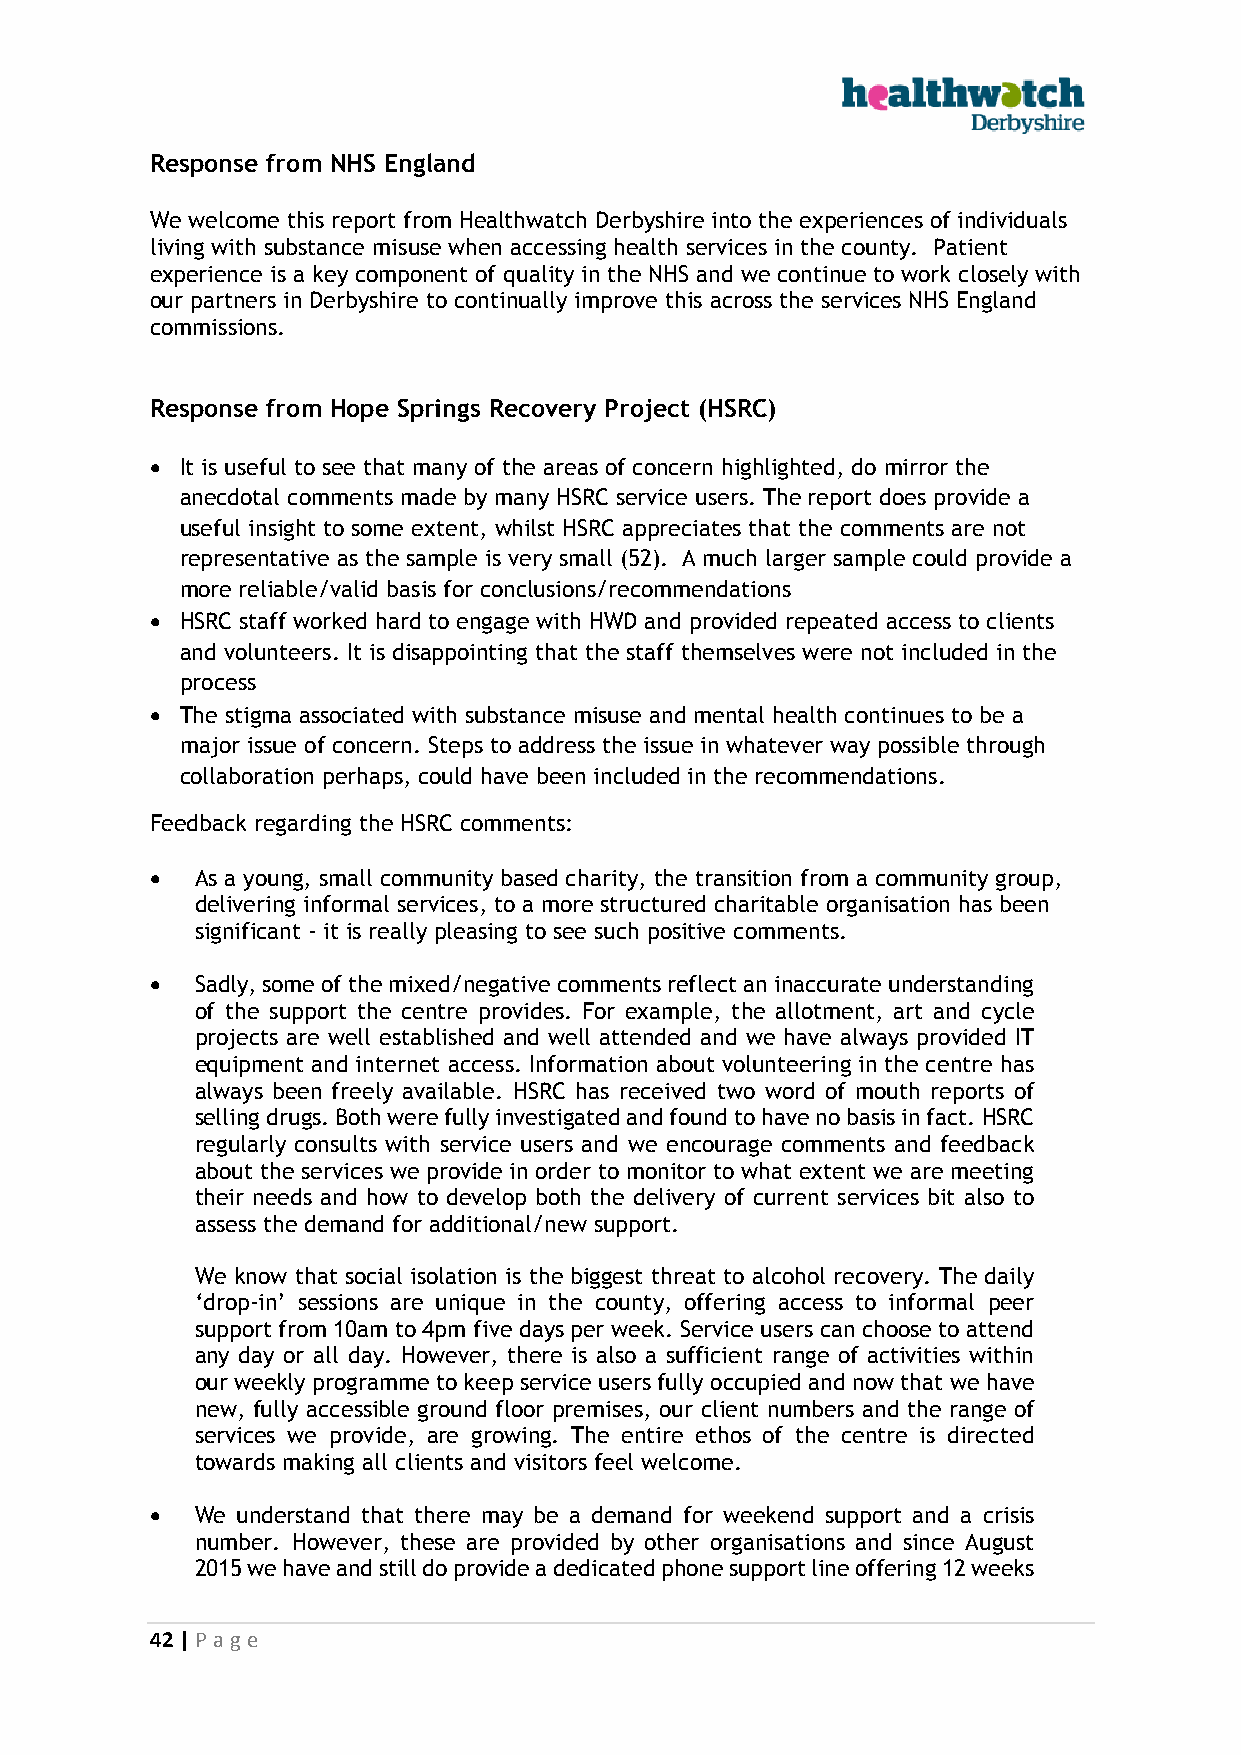
Response from NHS England
 We welcome this report from Healthwatch Derbyshire into the experiences of individuals
 living with substance misuse when accessing health services in the county. Patient
 experience is a key component of quality in the NHS and we continue to work closely with
 our partners in Derbyshire to continually improve this across the services NHS England
 commissions.
 Response from Hope Springs Recovery Project (HSRC)
  It is useful to see that many of the areas of concern highlighted, do mirror the
 anecdotal comments made by many HSRC service users. The report does provide a
 useful insight to some extent, whilst HSRC appreciates that the comments are not
 representative as the sample is very small (52). A much larger sample could provide a
 more reliable/valid basis for conclusions/recommendations
  HSRC staff worked hard to engage with HWD and provided repeated access to clients
 and volunteers. It is disappointing that the staff themselves were not included in the
 process
  The stigma associated with substance misuse and mental health continues to be a
 major issue of concern. Steps to address the issue in whatever way possible through
 collaboration perhaps, could have been included in the recommendations.
 Feedback regarding the HSRC comments:
   As a young, small community based charity, the transition from a community group,
 delivering informal services, to a more structured charitable organisation has been
 significant - it is really pleasing to see such positive comments.
   Sadly, some of the mixed/negative comments reflect an inaccurate understanding
 of the support the centre provides. For example, the allotment, art and cycle
 projects are well established and well attended and we have always provided IT
 equipment and internet access. Information about volunteering in the centre has
 always been freely available. HSRC has received two word of mouth reports of
 selling drugs. Both were fully investigated and found to have no basis in fact. HSRC
 regularly consults with service users and we encourage comments and feedback
 about the services we provide in order to monitor to what extent we are meeting
 their needs and how to develop both the delivery of current services bit also to
 assess the demand for additional/new support.
 We know that social isolation is the biggest threat to alcohol recovery. The daily
 ‘drop-in’ sessions are unique in the county, offering access to informal peer
 support from 10am to 4pm five days per week. Service users can choose to attend
 any day or all day. However, there is also a sufficient range of activities within
 our weekly programme to keep service users fully occupied and now that we have
 new, fully accessible ground floor premises, our client numbers and the range of
 services we provide, are growing. The entire ethos of the centre is directed
 towards making all clients and visitors feel welcome.
   We understand that there may be a demand for weekend support and a crisis
 number. However, these are provided by other organisations and since August
 2015 we have and still do provide a dedicated phone support line offering 12 weeks
 42 | P age